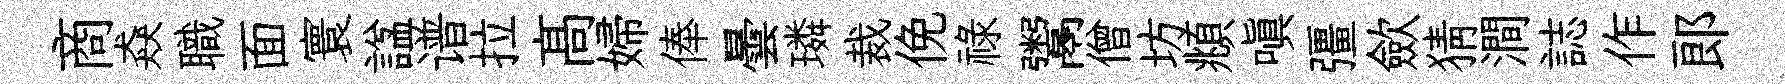
商猋職面寰諡谱拉髙婦俸曇璘裁俛禄鬻僧坊頫嗔彊歛猜澗誌作郎